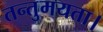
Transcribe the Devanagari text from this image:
तन्तुमयता।